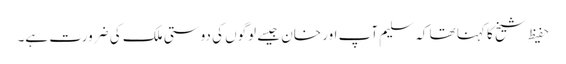
حفیظ شیخ کا کہنا تھا کہ سلیم آپ اور خان جیسے لوگوں کی دوستی ملک کی ضرورت ہے۔